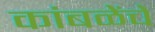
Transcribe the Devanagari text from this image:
कांबळेेंचे